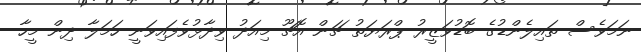
ނަމަވެސް ތައިލެންޑުގެ ބޮޑުވަޒީރު ޕްރަޔަތު ޗަން-އޮޗޫ މިއަދު ވިދާޅުވެފައިވަނީ ހަމަލާ ދިން މީހާ